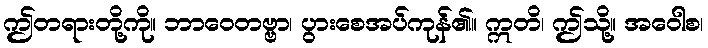
ဤတရားတို့ကို။ ဘာဝေတဗ္ဗာ၊ ပွားစေအပ်ကုန်၏။ ဣတိ၊ ဤသို့။ အဝေါစ၊